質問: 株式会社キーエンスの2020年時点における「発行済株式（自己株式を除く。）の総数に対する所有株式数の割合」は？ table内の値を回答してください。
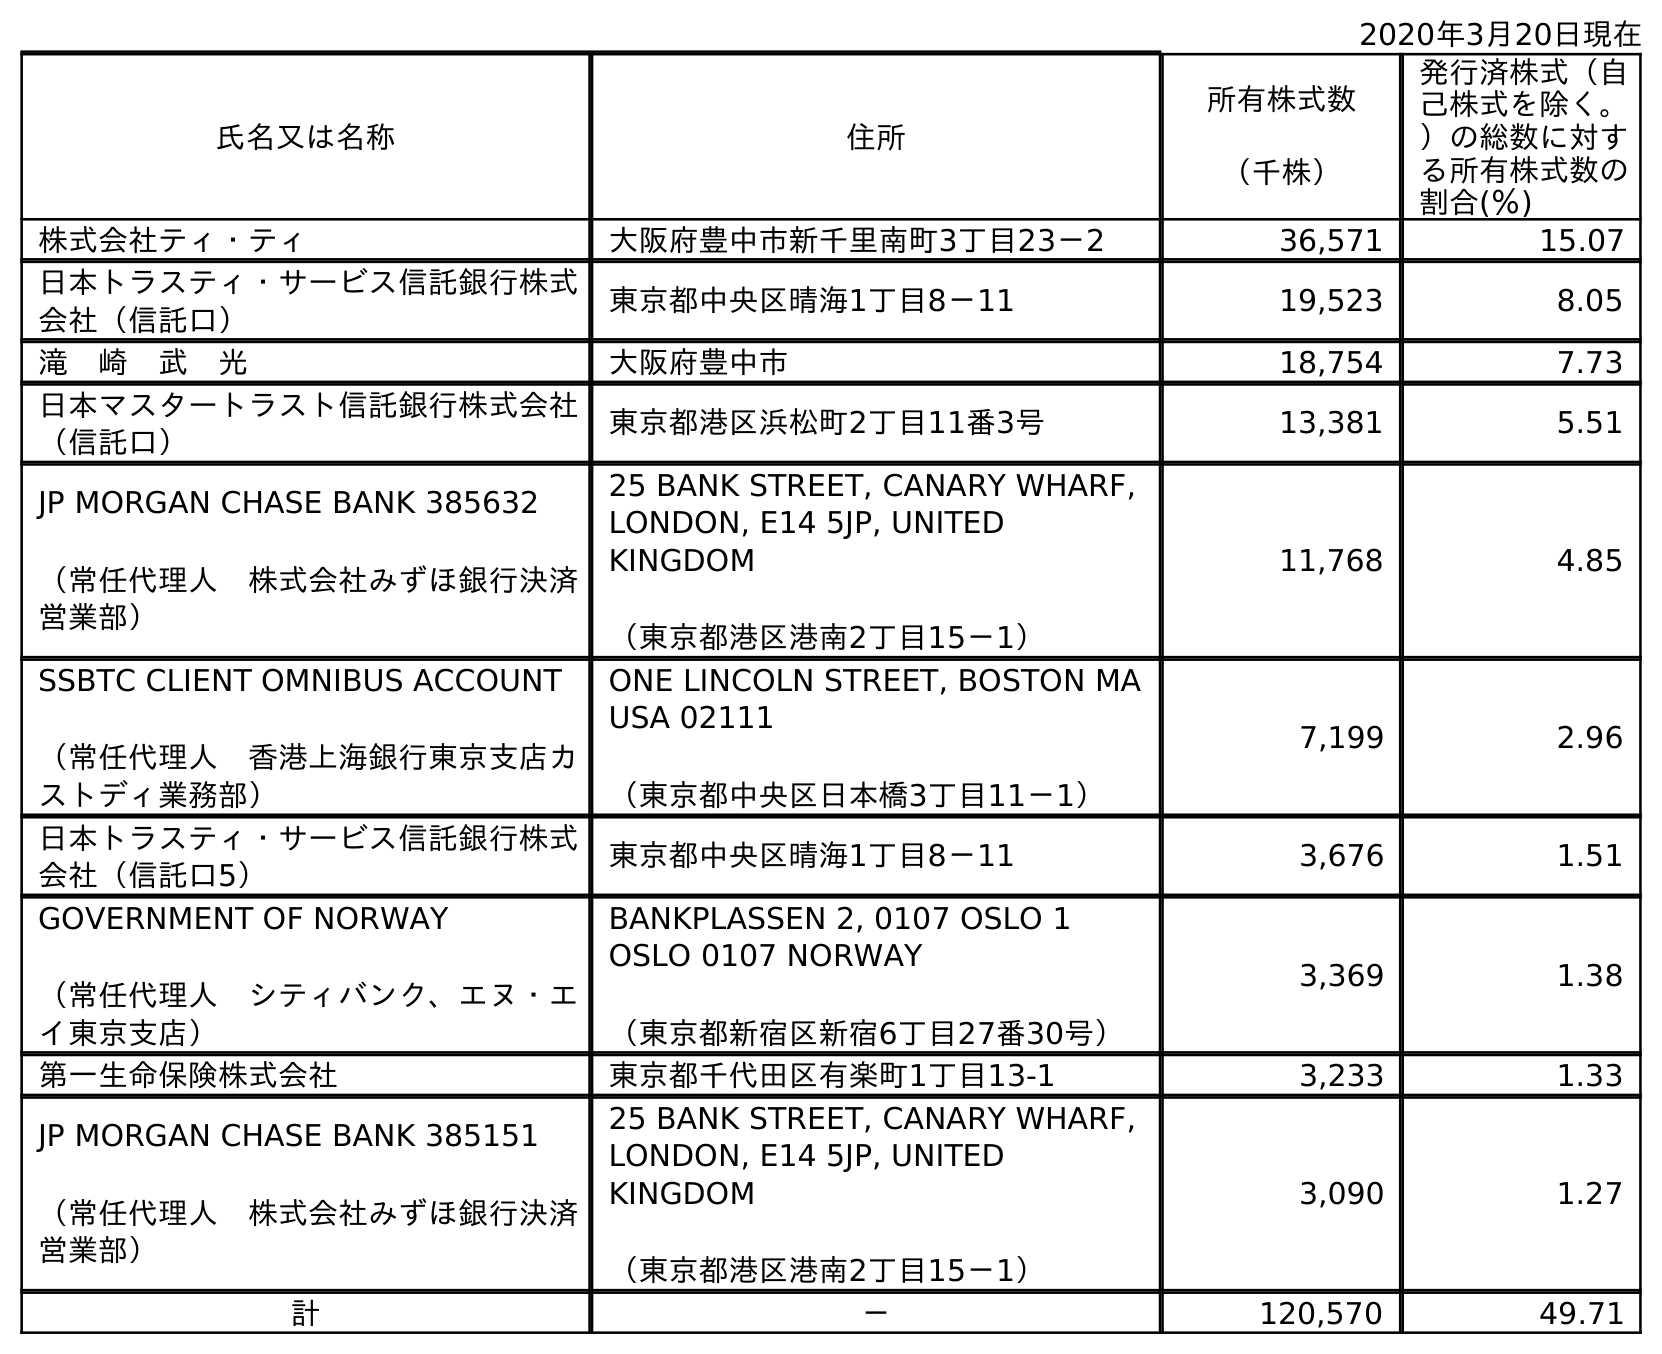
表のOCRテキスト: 2020年3月20日現在 氏名又は名称 住所 所有株式数 （千株） 発行済株式（自 己株式を除く。 ）の総数に対す る所有株式数の 割合(％) 株式会社ティ・ティ 大阪府豊中市新千里南町3丁目23－2 36,571 15.07 日本トラスティ・サービス信託銀行株式 会社（信託口） 東京都中央区晴海1丁目8－11 19,523 8.05 滝 崎 武 光 大阪府豊中市 18,754 7.73 日本マスタートラスト信託銀行株式会社 （信託口） 東京都港区浜松町2丁目11番3号 13,381 5.51 JP MORGAN CHASE BANK 385632 （常任代理人 株式会社みずほ銀行決済 営業部） 25 BANK STREET, CANARY WHARF, LONDON, E14 5JP, UNITED KINGDOM （東京都港区港南2丁目15－1） 11,768 4.85 SSBTC CLIENT OMNIBUS ACCOUNT （常任代理人 香港上海銀行東京支店カ ストディ業務部） ONE LINCOLN STREET, BOSTON MA USA 02111 （東京都中央区日本橋3丁目11－1） 7,199 2.96 日本トラスティ・サービス信託銀行株式 会社（信託口5） 東京都中央区晴海1丁目8－11 3,676 1.51 GOVERNMENT OF NORWAY （常任代理人 シティバンク、エヌ・エ イ東京支店） BANKPLASSEN 2, 0107 OSLO 1 OSLO 0107 NORWAY （東京都新宿区新宿6丁目27番30号） 3,369 1.38 第一生命保険株式会社 東京都千代田区有楽町1丁目13-1 3,233 1.33 JP MORGAN CHASE BANK 385151 （常任代理人 株式会社みずほ銀行決済 営業部） 25 BANK STREET, CANARY WHARF, LONDON, E14 5JP, UNITED KINGDOM （東京都港区港南2丁目15－1） 3,090 1.27 計 － 120,570 49.71
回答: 49.71